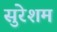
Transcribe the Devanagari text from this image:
सुरेशम